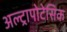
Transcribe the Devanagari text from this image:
अल्ट्रापोटेसिक